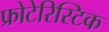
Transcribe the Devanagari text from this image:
फ्रोटेरिस्टिक